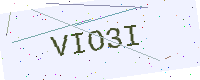
Text: VIO3I